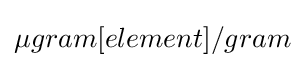
\mu gram[element]/gram